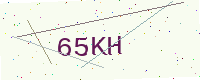
Text: 65KH